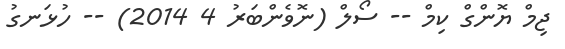
ޖިމް ޔޮންގް ކިމް -- ސޯލް (ނޮވެންބަރު 4 2014) -- ހުޅަނގު